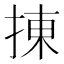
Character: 㨂